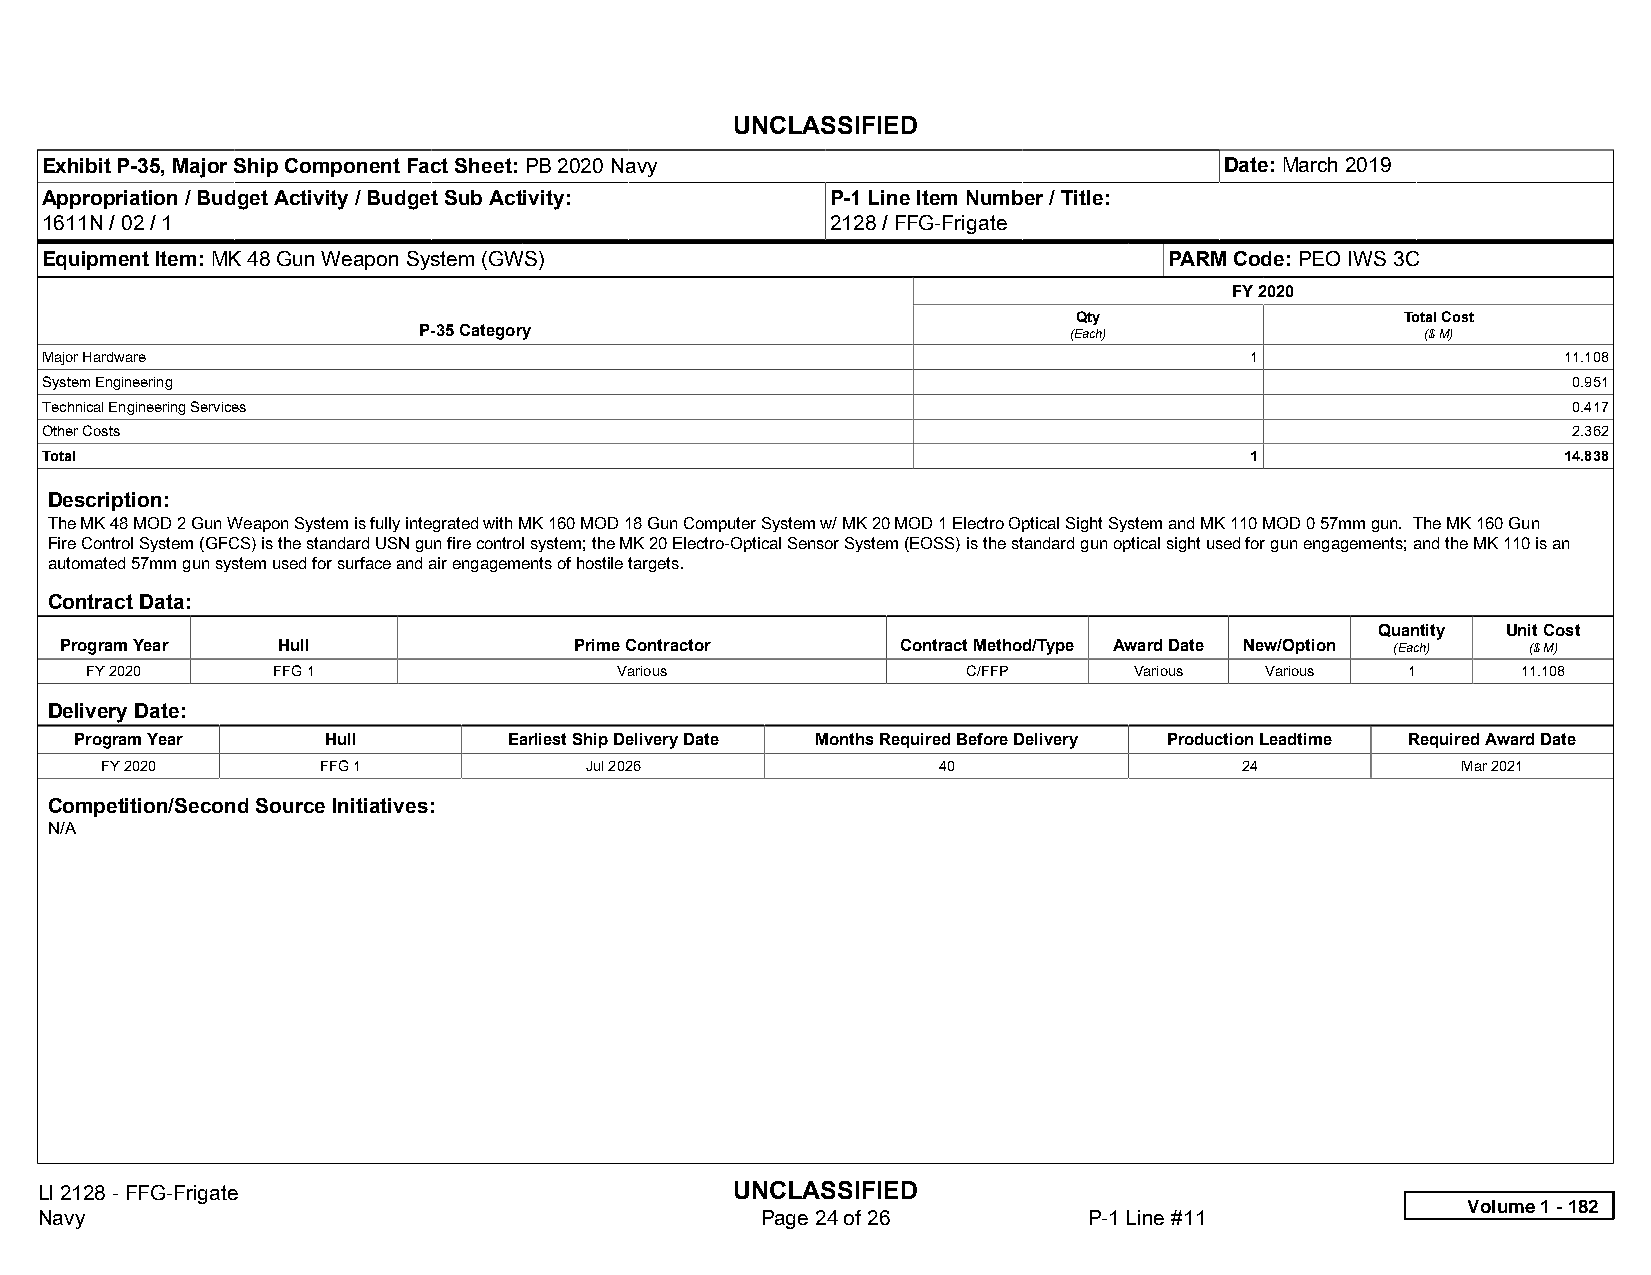
UNCLASSIFIED
 Exhibit P-35, Major Ship Component Fact Sheet: PB 2020 Navy                   Date: March 2019
 Appropriation / Budget Activity / Budget Sub Activity: P-1 Line Item Number / Title:
 1611N / 02 / 1                                      2128 / FFG-Frigate
 Equipment Item: MK 48 Gun Weapon System (GWS)                             PARM Code: PEO IWS 3C
 FY 2020
 Qty                   Total Cost
 P-35 Category                              (Each)                 ($ M)
 Major Hardware                                                                  1                   11.108
 System Engineering                                                                                   0.951
 Technical Engineering Services                                                                       0.417
 Other Costs                                                                                          2.362
 Total                                                                           1                   14.838
 Description:
 The MK 48 MOD 2 Gun Weapon System is fully integrated with MK 160 MOD 18 Gun Computer System w/ MK 20 MOD 1 Electro Optical Sight System and MK 110 MOD 0 57mm gun. The MK 160 Gun
 Fire Control System (GFCS) is the standard USN gun fire control system; the MK 20 Electro-Optical Sensor System (EOSS) is the standard gun optical sight used for gun engagements; and the MK 110 is an
 automated 57mm gun system used for surface and air engagements of hostile targets.
 Contract Data:
 Quantity Unit Cost
 Program Year  Hull                Prime Contractor      Contract Method/Type Award Date New/Option (Each) ($ M)
 FY 2020     FFG 1                  Various                C/FFP      Various  Various  1       11.108
 Delivery Date:
 Program Year    Hull         Earliest Ship Delivery Date Months Required Before Delivery Production Leadtime Required Award Date
 FY 2020       FFG 1             Jul 2026               40                  24             Mar 2021
 Competition/Second Source Initiatives:
 N/A
 LI 2128 - FFG-Frigate                          UNCLASSIFIED
 Volume 1 - 182
 Navy                                            Page 24 of 26         P-1 Line #11